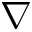
\nabla